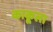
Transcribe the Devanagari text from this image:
काकूला